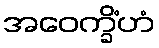
အဝေက္ခိံဟံ